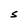
Character: S